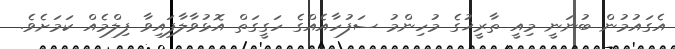
އެގައުމުން ބުނަނީ މިއީ ތާރީޚުގެ މުހިންމު ސަފުހާއެއްގެ ހަގީގަތް އޮޅުވާލާފައިވާ ފިލްމެއް ކަމަށެވެ.